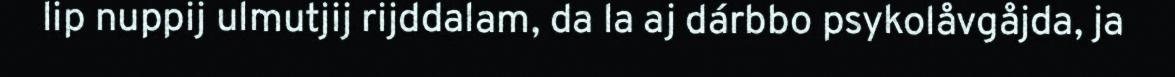
lip nuppij ulmutjij rijddalam, da la aj dárbbo psykolåvgåjda, ja